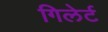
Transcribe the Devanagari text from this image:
गिलेर्ट